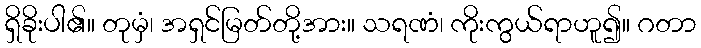
ရှိခိုးပါ၏။ တုမှံ၊ အရှင်မြတ်တို့အား။ သရဏံ၊ ကိုးကွယ်ရာဟူ၍။ ဂတာ